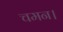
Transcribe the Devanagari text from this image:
चमन।